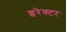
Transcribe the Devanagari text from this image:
इरेक्टर